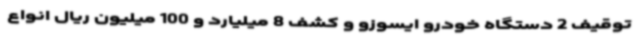
توقیف 2 دستگاه خودرو ایسوزو و کشف 8 میلیارد و 100 میلیون ریال انواع